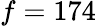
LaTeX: f=174